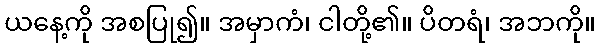
ယနေ့ကို အစပြု၍။ အမှာကံ၊ ငါတို့၏။ ပိတရံ၊ အဘကို။